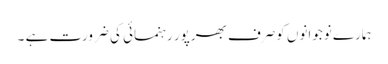
ہمارے نوجوانوں کوصرف بھرپور رہنمائی کی ضرورت ہے ۔